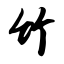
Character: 竹